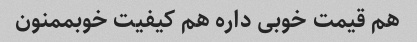
هم قیمت خوبی داره هم کیفیت خوبممنون